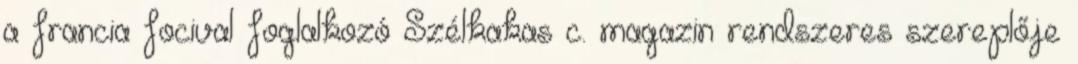
a francia focival foglalkozó Szélkakas c. magazin rendszeres szereplője